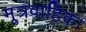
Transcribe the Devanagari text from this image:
मूत्रवाहिका